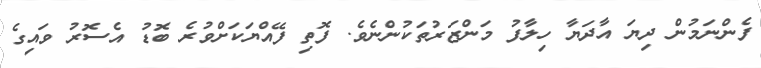
ފެންނަމުން ދިޔަ އާދަޔާ ހިލާފު މަންޒަރުތަކުންނެވެ. ފޮތި ފޭއްޔަކަށްވުރެ ބޮޑު އެސޮރު ވައިގެ